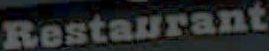
Restaurant